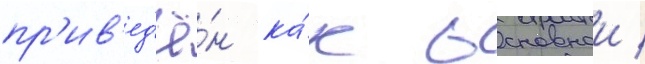
пр'ив'ед'ё́н ка́к основнои /